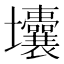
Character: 㚂